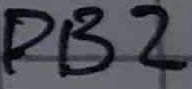
Text: PB2